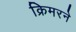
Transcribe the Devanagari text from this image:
क्रिमरने